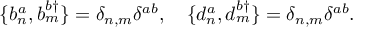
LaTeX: \{ b _ { n } ^ { a } , b _ { m } ^ { b \dagger } \} = \delta _ { n , m } \delta ^ { a b } , \quad \{ d _ { n } ^ { a } , d _ { m } ^ { b \dagger } \} = \delta _ { n , m } \delta ^ { a b } .